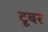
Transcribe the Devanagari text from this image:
टूबर